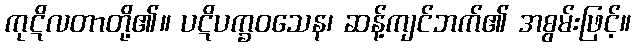
ကုဋိလတာတို့၏။ ပဋိပက္ခဝသေန၊ ဆန့်ကျင်ဘက်၏ အစွမ်းဖြင့်။